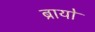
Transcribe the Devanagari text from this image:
ब्रायो